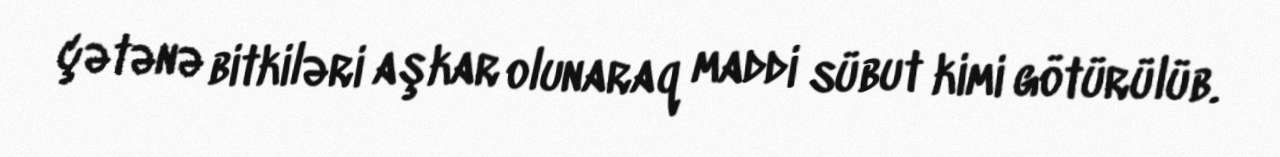
çətənə bitkiləri aşkar olunaraq maddi sübut kimi götürülüb.